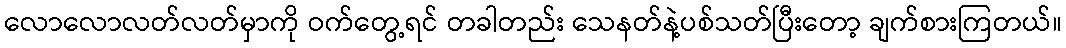
လောလောလတ်လတ်မှာကို ဝက်တွေ့ရင် တခါတည်း သေနတ်နဲ့ပစ်သတ်ပြီးတော့ ချက်စားကြတယ်။